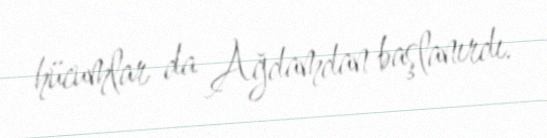
hücumlar da Ağdamdan başlanırdı.